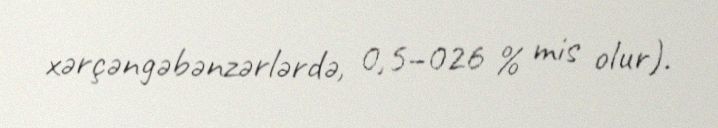
xərçəngəbənzərlərdə, 0,5–026 % mis olur).